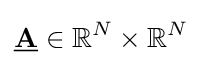
{\bf {\underline {A}}}\in \mathbb {R} ^{N}\times \mathbb {R} ^{N}